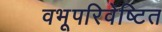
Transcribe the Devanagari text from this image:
वभूपरिवेष्टित